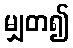
မျှတ၍